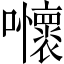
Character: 𡅬